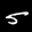
Label: 5